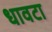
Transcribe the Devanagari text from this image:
धावटा